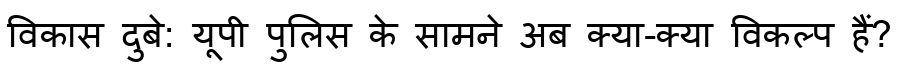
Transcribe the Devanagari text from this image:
विकास दुबे: यूपी पुलिस के सामने अब क्या-क्या विकल्प हैं?